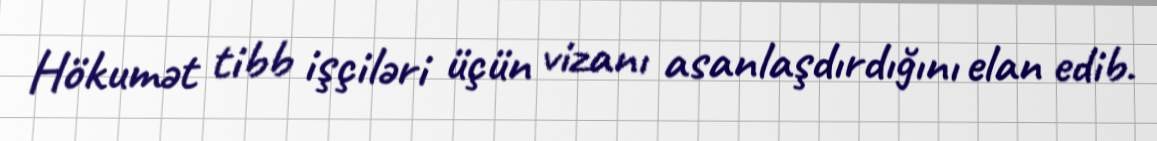
Hökumət tibb işçiləri üçün vizanı asanlaşdırdığını elan edib.